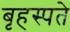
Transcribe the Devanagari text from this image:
बृहस्पते